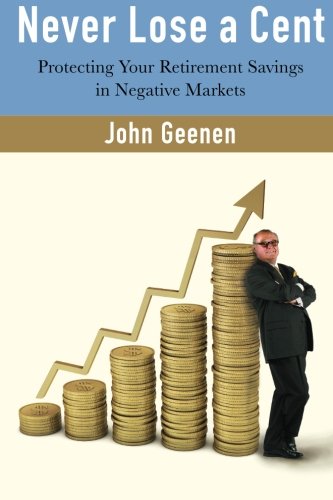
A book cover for Never Lose a Cent: Protecting your Retirement Savings in Negative Markets; John T Geenen; Business & Money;